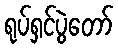
ရုပ်ရှင်ပွဲတော်